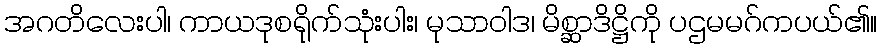
အဂတိလေးပါ၊ ကာယဒုစရိုက်သုံးပါး၊ မုသာဝါဒ၊ မိစ္ဆာဒိဋ္ဌိကို ပဌမမဂ်ကပယ်၏။